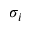
\sigma _ { i }